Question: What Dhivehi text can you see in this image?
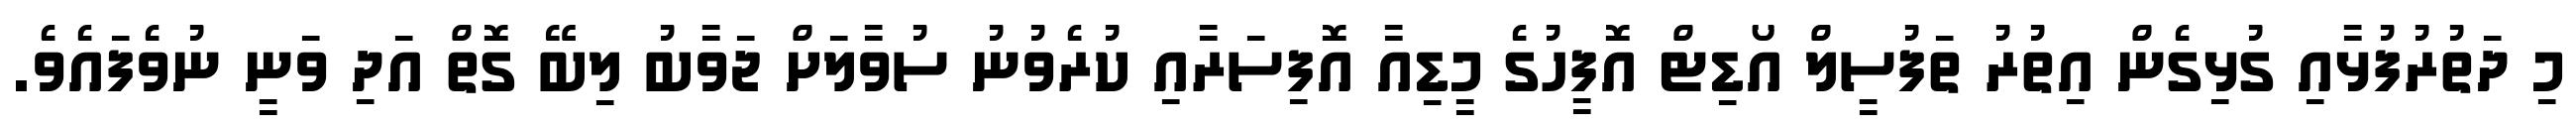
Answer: މި ދަތުރުފުޅާއި ގުޅިގެން އިތުރު ތަފުސީލް އޯޑިޓް އޮފީހުގެ މީޑިއާ އޮފިސަރާއި ކުރެވުނު ސުވާލަށް ޖަވާބު ލިބޭ ގޮތް އަދި ވަނީ ނުވެފައެވެ.